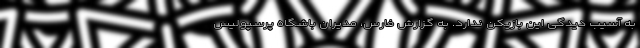
به آسیب دیدگی این بازیکن ندارد. به گزارش فارس، مدیران باشگاه پرسپولیس